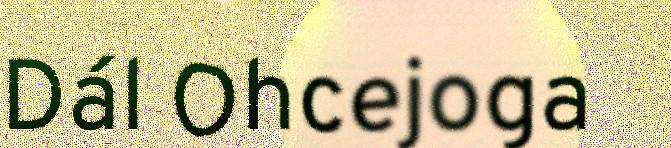
Dál Ohcejoga